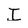
Character: I